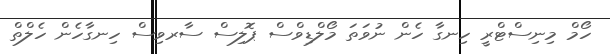
ހޯމް މިނިސްޓްރީ ހިނގާ ހެން ނުވަތަ މޯލްޑިވްސް ޕޮލިސް ސާރވިސް ހިނގާހެން ހެލްތް